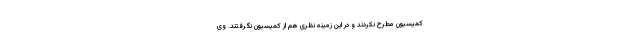
کمیسیون مطرح نکردند و در این زمینه نظری هم از کمیسیون نگرفتند. وی